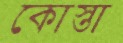
কোস্তা